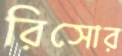
রিসোর